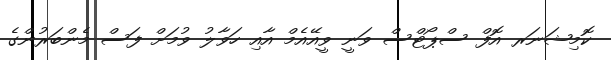
ކޮމިޝަނަރ އޮފް ސްޕޯޓްސް ވަނީ ވީއޭއެމް އާއި ހަވާލު ވުމަށް ފަސް މެންބަރުންގެ